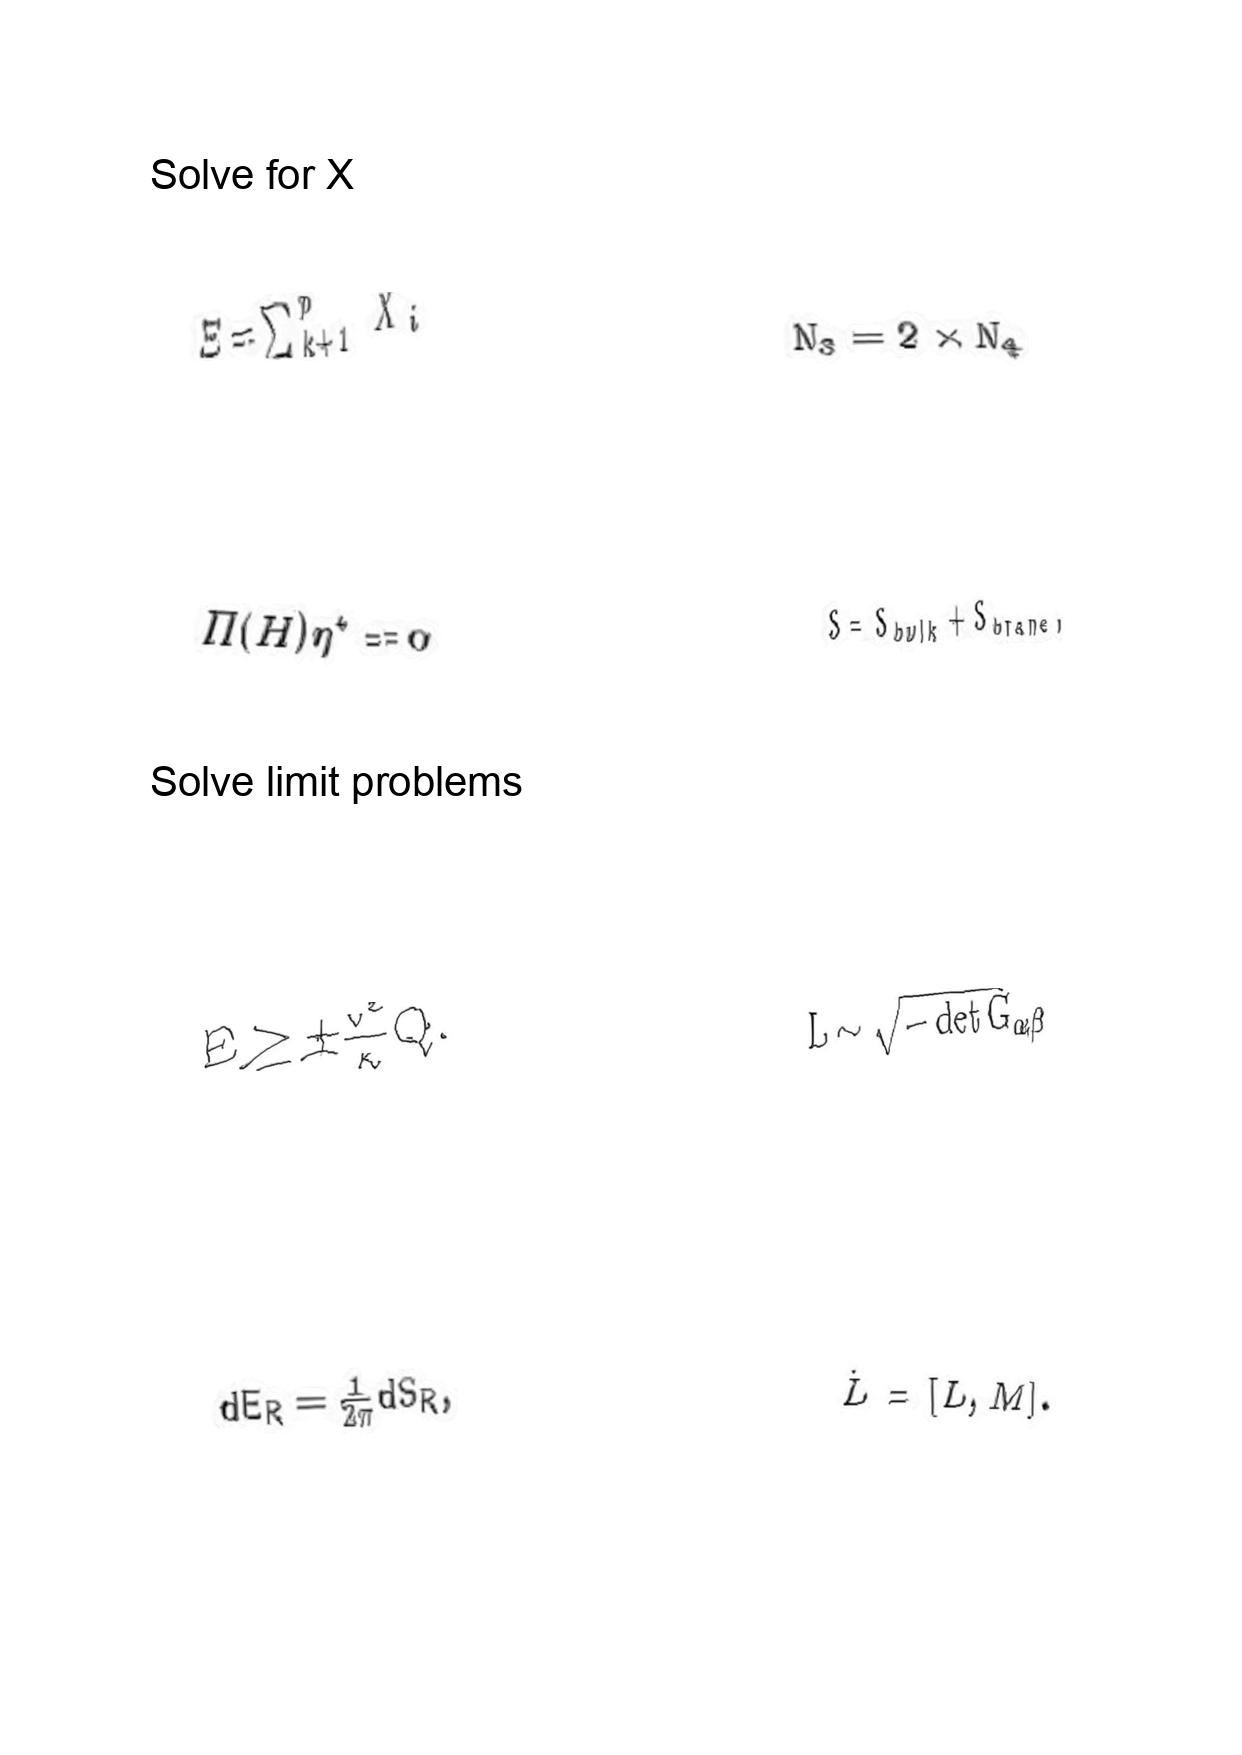
LaTeX transcription:
\Xi = \sum _ { k + 1 } ^ { p } X _ { i }
\Pi \lparen H \rparen \eta ^ { \star } = 0
E \ge \pm \frac { v ^ { 2 } } { \kappa } Q .
d E _ { R } = \frac { 1 } { 2 \pi } d S _ { R } ,
N _ { 3 } = 2 \times N _ { 4 }
S = S _ { b u l k } + S _ { b r a n e } ,
L \sim \sqrt { - \det G _ { \alpha \beta } }
\dot { L } = \lbrack L , M \rbrack .